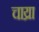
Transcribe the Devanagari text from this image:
चाय्रा